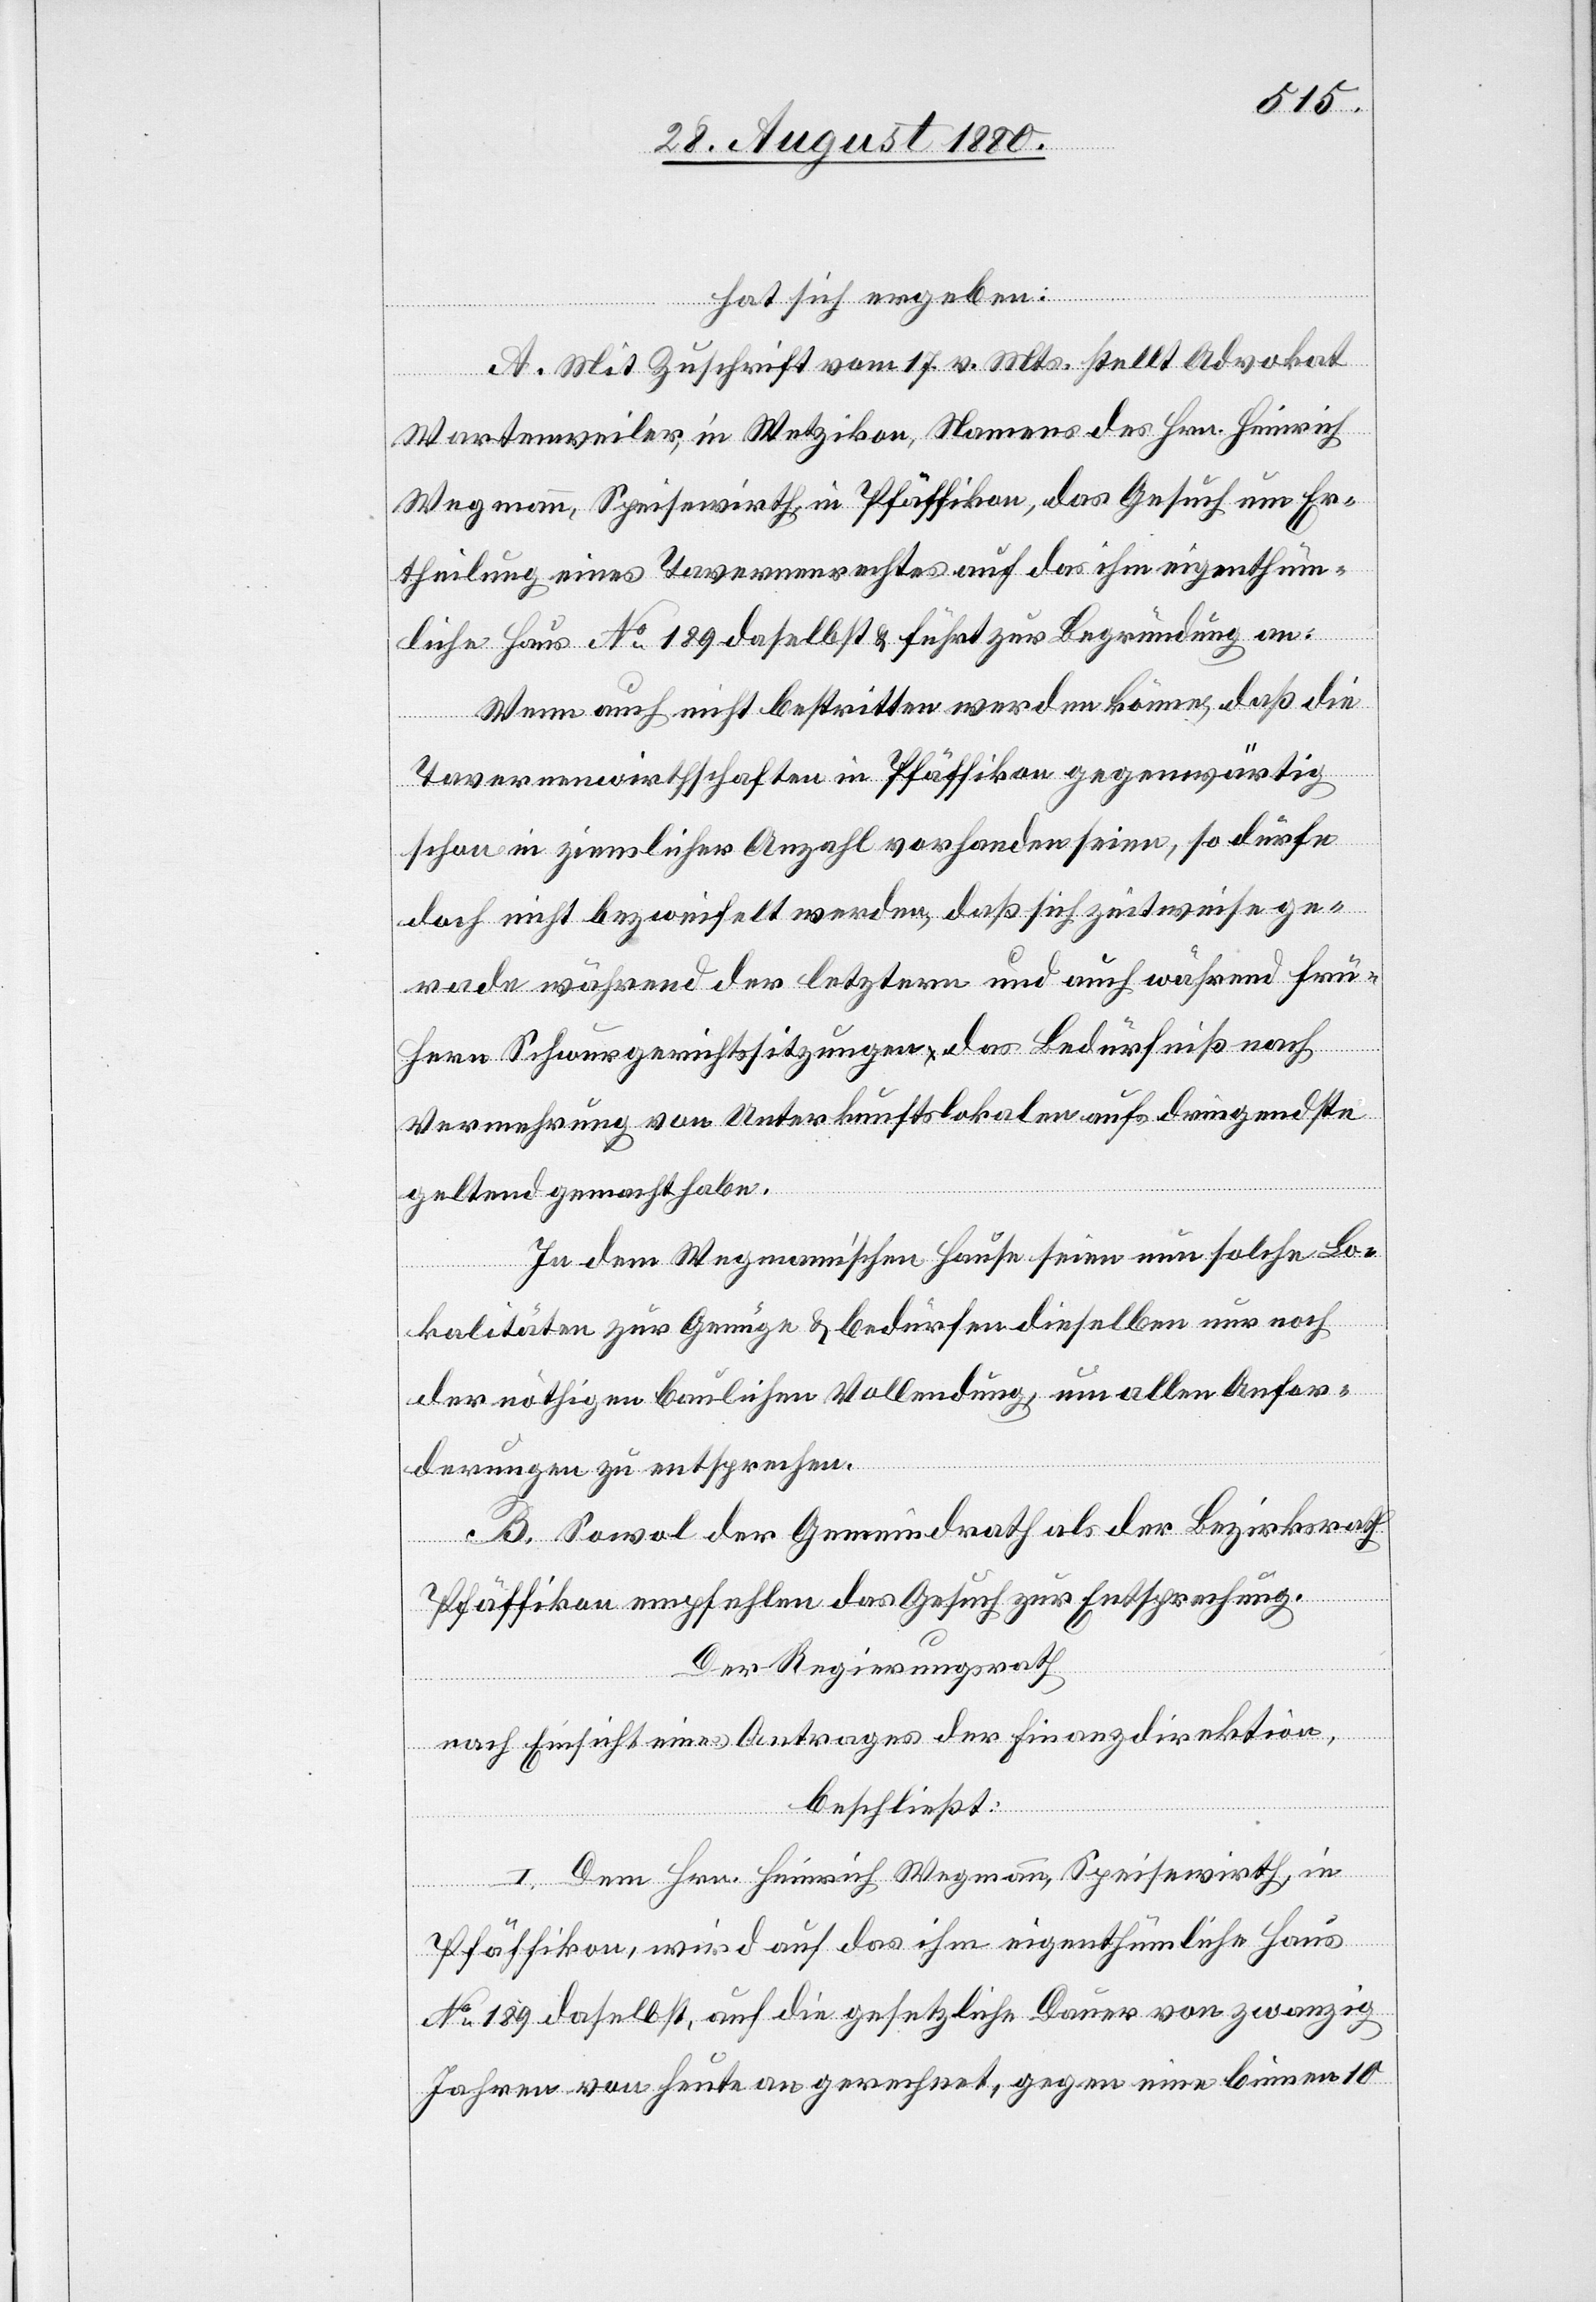
hat sich ergeben:
A. Mit Zuschrift vom 17. v. Mts. stellt Advokat
Wartenweiler, in Wetzikon, Namens des Hrn. Heinrich
Wegmann, Speisewirth, in Pfäffikon, das Gesuch um Er¬
theilung eines Tavernenrechtes auf das ihm eigenthüm¬
liche Haus No 189 daselbst & führt zur Begründung an:
Wenn auch nicht bestritten werden könne, daß die
Tavernenwirthschaften in Pfäffikon gegenwärtig
schon in ziemlicher Anzahl vorhanden seien, so dürfe
doch nicht bezweifelt werden, daß sich zeitweise ge¬
rade während der letztern und auch während frü¬
hern Schwurgerichtssitzungen das Bedürfniß nach
Vermehrung von Unterkunftslokalen aufs dringendste
geltend gemacht habe.
In dem Wegmannischen Hause seien nun solche Lo¬
kalitäten zur Genüge & bedürfen dieselben nur noch
der nöthigen baulichen Vollendung, um allen Anfor¬
derungen zu entsprechen.
B. Sowol der Gemeindrath als der Bezirksrath
Pfäffikon empfehlen das Gesuch zur Entsprechung.
Der Regierungsrath
nach Einsicht eines Antrages der Finanzdirektion,
beschließt:
I. Dem Hrn. Heinrich Wegmann, Speisewirth, in
Pfäffikon, wird auf das ihm eigenthümliche Haus
No 189 daselbst, auf die gesetzliche Dauer von zwanzig
Jahren von heute an gerechnet, gegen eine binnen 10